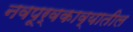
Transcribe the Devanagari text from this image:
नवपूर्वकाव्यातील